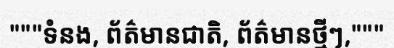
"""ទំនង, ព័ត៌មានជាតិ, ព័ត៌មានថ្មីៗ,"""